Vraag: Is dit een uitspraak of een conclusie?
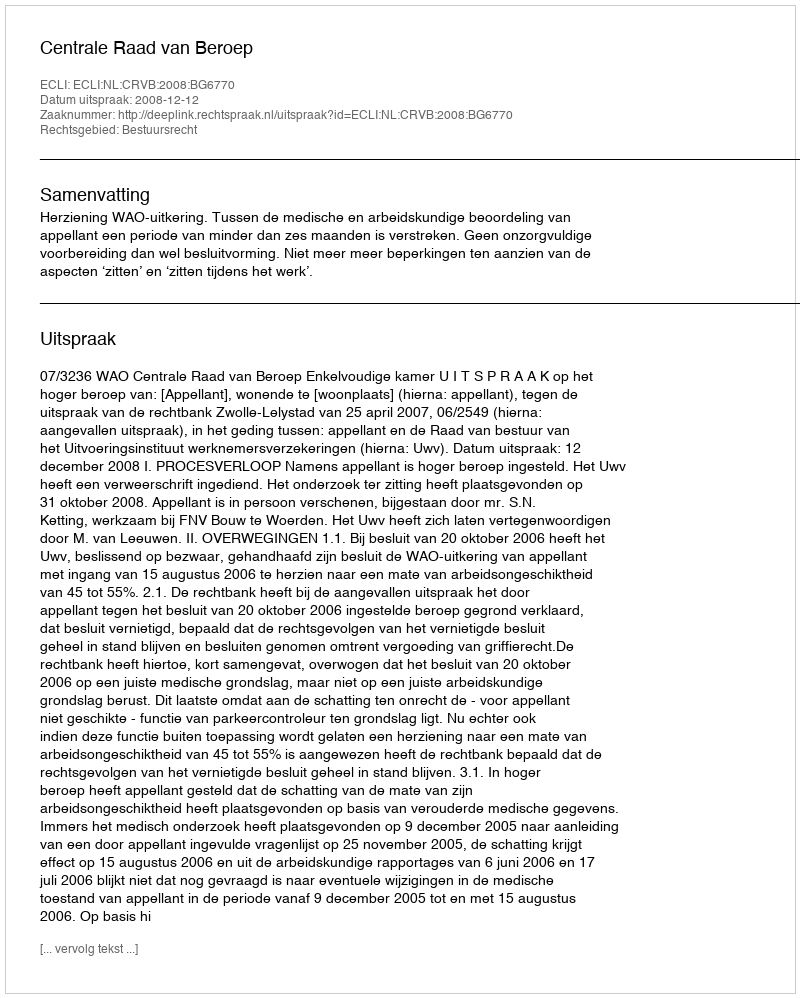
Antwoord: Uitspraak